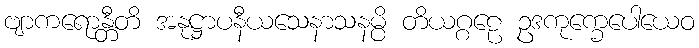
ဗျာကရောန္တီတိ အနုဋ္ဌာပနီယသေနာသနမ္ပိ တိယဂ္ဂဠေ ဥဒကုက္ခေပေါယေဝ